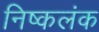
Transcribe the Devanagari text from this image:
निष्‍कलंक